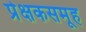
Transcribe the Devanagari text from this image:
प्रेक्षकसमूह